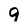
Character: 9